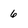
Character: 6